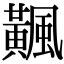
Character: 𩙁